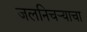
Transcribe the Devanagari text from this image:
जलनिचऱ्याचा